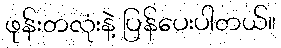
ဖုန်းတလုံးနဲ့ ပြန်ပေးပါတယ်။